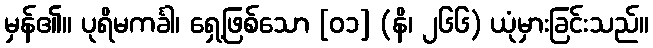
မှန်၏။ ပုရိမကင်္ခါ၊ ရှေ့ဖြစ်သော [၀၁] (နိ၊ ၂၆၆) ယုံမှားခြင်းသည်။